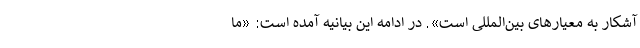
آشکار به معیارهای بین‌المللی است». در ادامه این بیانیه آمده است: «ما